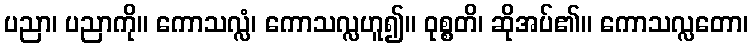
ပညာ၊ ပညာကို။ ကောသလ္လံ၊ ကောသလ္လဟူ၍။ ဝုစ္စတိ၊ ဆိုအပ်၏။ ကောသလ္လတော၊